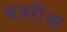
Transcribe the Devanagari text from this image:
बज़रीआ